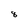
Character: 8